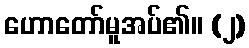
ဟောတော်မူအပ်၏။ (၂)